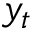
y _ { t }